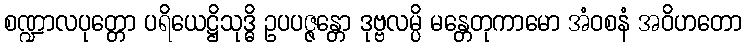
စဏ္ဍာလပုတ္တော ပရိယေဋ္ဌိသုဒ္ဓိ ဥပပဇ္ဇန္တော ဒုဗ္ဗလမ္ပိ မန္တေတုကာမော အံဝစနံ အဝိဟတော